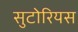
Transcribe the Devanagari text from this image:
सुटोरियस